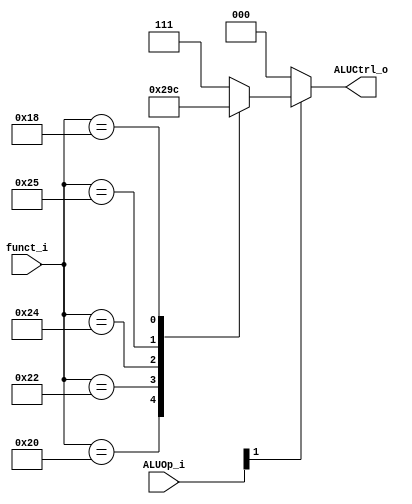
`define	ADD 6'b100000
`define	SUB 6'b100010
`define	AND 6'b100100
`define	OR  6'b100101
`define	MUL	6'b011000

module ALU_Control // for only R-type & addi
(
   funct_i,
   ALUOp_i,
   ALUCtrl_o
);

// Ports
input	[5:0]		funct_i;
input	[1:0]		ALUOp_i;
output	[2:0]		ALUCtrl_o;

// Wires & Registers
reg		[2:0]		ALUCtrl_o;


always@(*) begin
    if(ALUOp_i[1]) begin // ALUOp_i = 2'b10 -> R-type
        case(funct_i)
			`ADD:       ALUCtrl_o = 3'b000;
			`SUB:       ALUCtrl_o = 3'b001;
			`AND:       ALUCtrl_o = 3'b010;
			`OR:        ALUCtrl_o = 3'b011;
			`MUL:		ALUCtrl_o = 3'b100;
			default:    ALUCtrl_o = 3'b111;
		endcase
    end
    else begin // ALUOp_i = 2'b00 -> addi
		ALUCtrl_o = 3'b000;
    end
end

endmodule